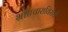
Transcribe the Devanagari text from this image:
भ्रष्टाचाराविरोधी